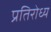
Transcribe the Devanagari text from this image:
प्रतिरोध्य